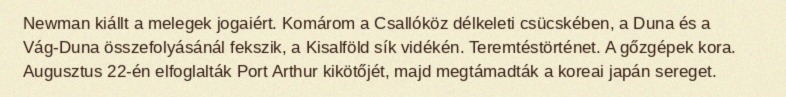
Newman kiállt a melegek jogaiért. Komárom a Csallóköz délkeleti csücskében, a Duna és a Vág-Duna összefolyásánál fekszik, a Kisalföld sík vidékén. Teremtéstörténet. A gőzgépek kora. Augusztus 22-én elfoglalták Port Arthur kikötőjét, majd megtámadták a koreai japán sereget.